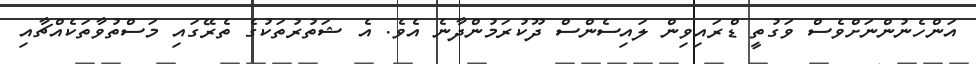
އަންހެނުންނަށްވެސް ވަގުތީ ޑްރައިވިން ލައިސެންސް ދޫކުރަމުންދާނެ އެވެ. އެ ޝަތުރުތަކުގެ ތެރޭގައި މަސްތުވާތަކެއްޗާއި